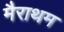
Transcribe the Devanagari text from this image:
मैराथम